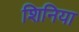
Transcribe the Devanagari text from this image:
शिनिया